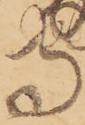
守